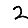
Digit: 2